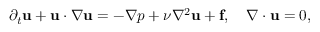
\partial _ { t } \mathbf { u } + \mathbf { u } \cdot \nabla \mathbf { u } = - \nabla p + \nu \nabla ^ { 2 } \mathbf { u } + \mathbf { f } , \quad \nabla \cdot \mathbf { u } = 0 ,